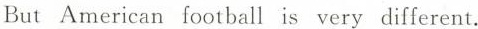
But American football is very different.